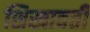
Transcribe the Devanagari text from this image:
शिखावती